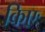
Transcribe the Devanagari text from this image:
किएः